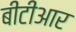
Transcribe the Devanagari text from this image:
बीटीआर